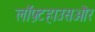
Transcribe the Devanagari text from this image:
लॉफ़्टहाउसऔर